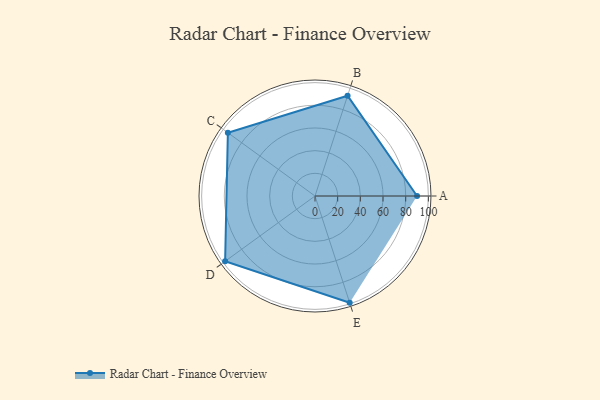
{"axis": {"x": "Skill", "y": "Score"}, "legend": ["Profile"], "data": [{"x": "A", "y": 90.0, "type": "Profile"}, {"x": "B", "y": 93.0, "type": "Profile"}, {"x": "C", "y": 95.0, "type": "Profile"}, {"x": "D", "y": 98.0, "type": "Profile"}, {"x": "E", "y": 99, "type": "Profile"}]}